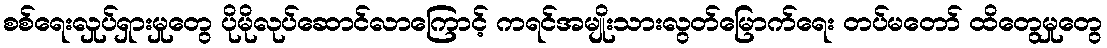
စစ်ရေးလှုပ်ရှားမှုတွေ ပိုမိုလုပ်ဆောင်လာကြောင့် ကရင်အမျိုးသားလွတ်မြောက်ရေး တပ်မတော် ထိတွေမှုတွေ